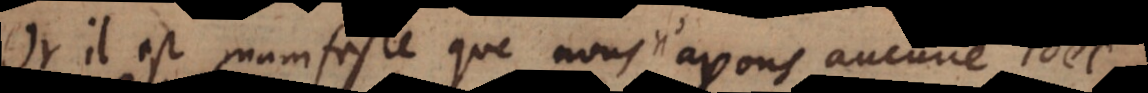
Or il est manifeste que nous n’avons aucune idée